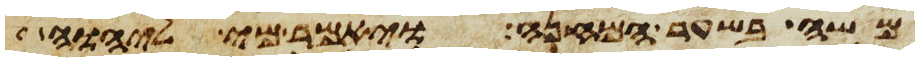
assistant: משה בשער המחנה ויאמר מי ליהוה